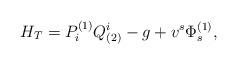
LaTeX: \begin{align*}H_{T}=P^{(1)}_{i}Q_{(2)}^{i}-g+v^{s}\Phi^{(1)}_{s},\end{align*}